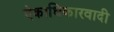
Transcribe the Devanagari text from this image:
ऐकाधिकारवादी